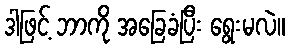
ဒါဖြင့် ဘာကို အခြေခံပြီး ရွေးမလဲ။